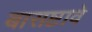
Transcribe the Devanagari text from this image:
बासष्टावे